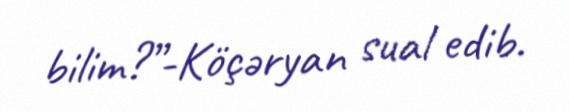
bilim?”-Köçəryan sual edib.